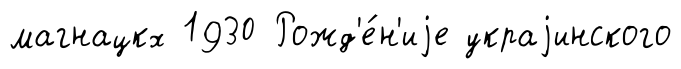
магнацкх 1930 Рожд'е́н'иjе украjинского